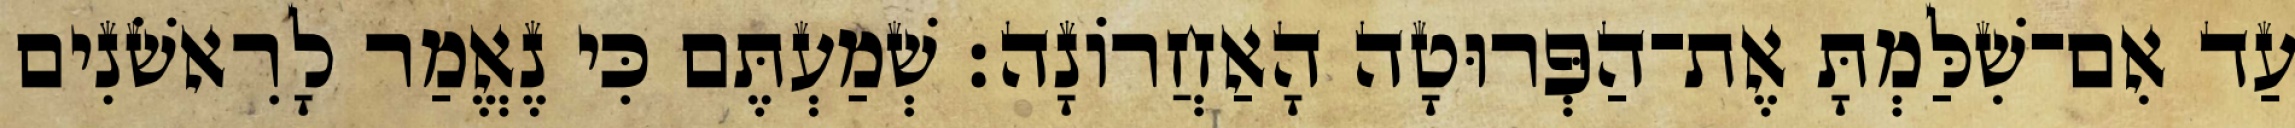
עַד אִם־שִׁלַּמְתָּ אֶת־הַפְּרוּטָה הָאַחֲרוֹנָה׃ שְׁמַעְתֶּם כִּי נֶאֱמַר לָרִאשֹׁנִים